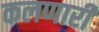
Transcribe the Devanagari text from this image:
कलणारी